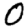
Digit: 0